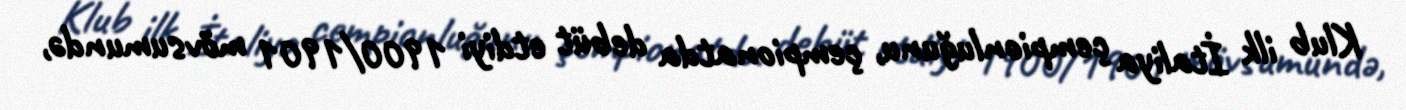
Klub ilk İtaliya çempionluğunu, çempionatda debüt etdiyi 1900/1901 mövsumundə,